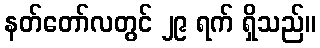
နတ်တော်လတွင် ၂၉ ရက် ရှိသည်။